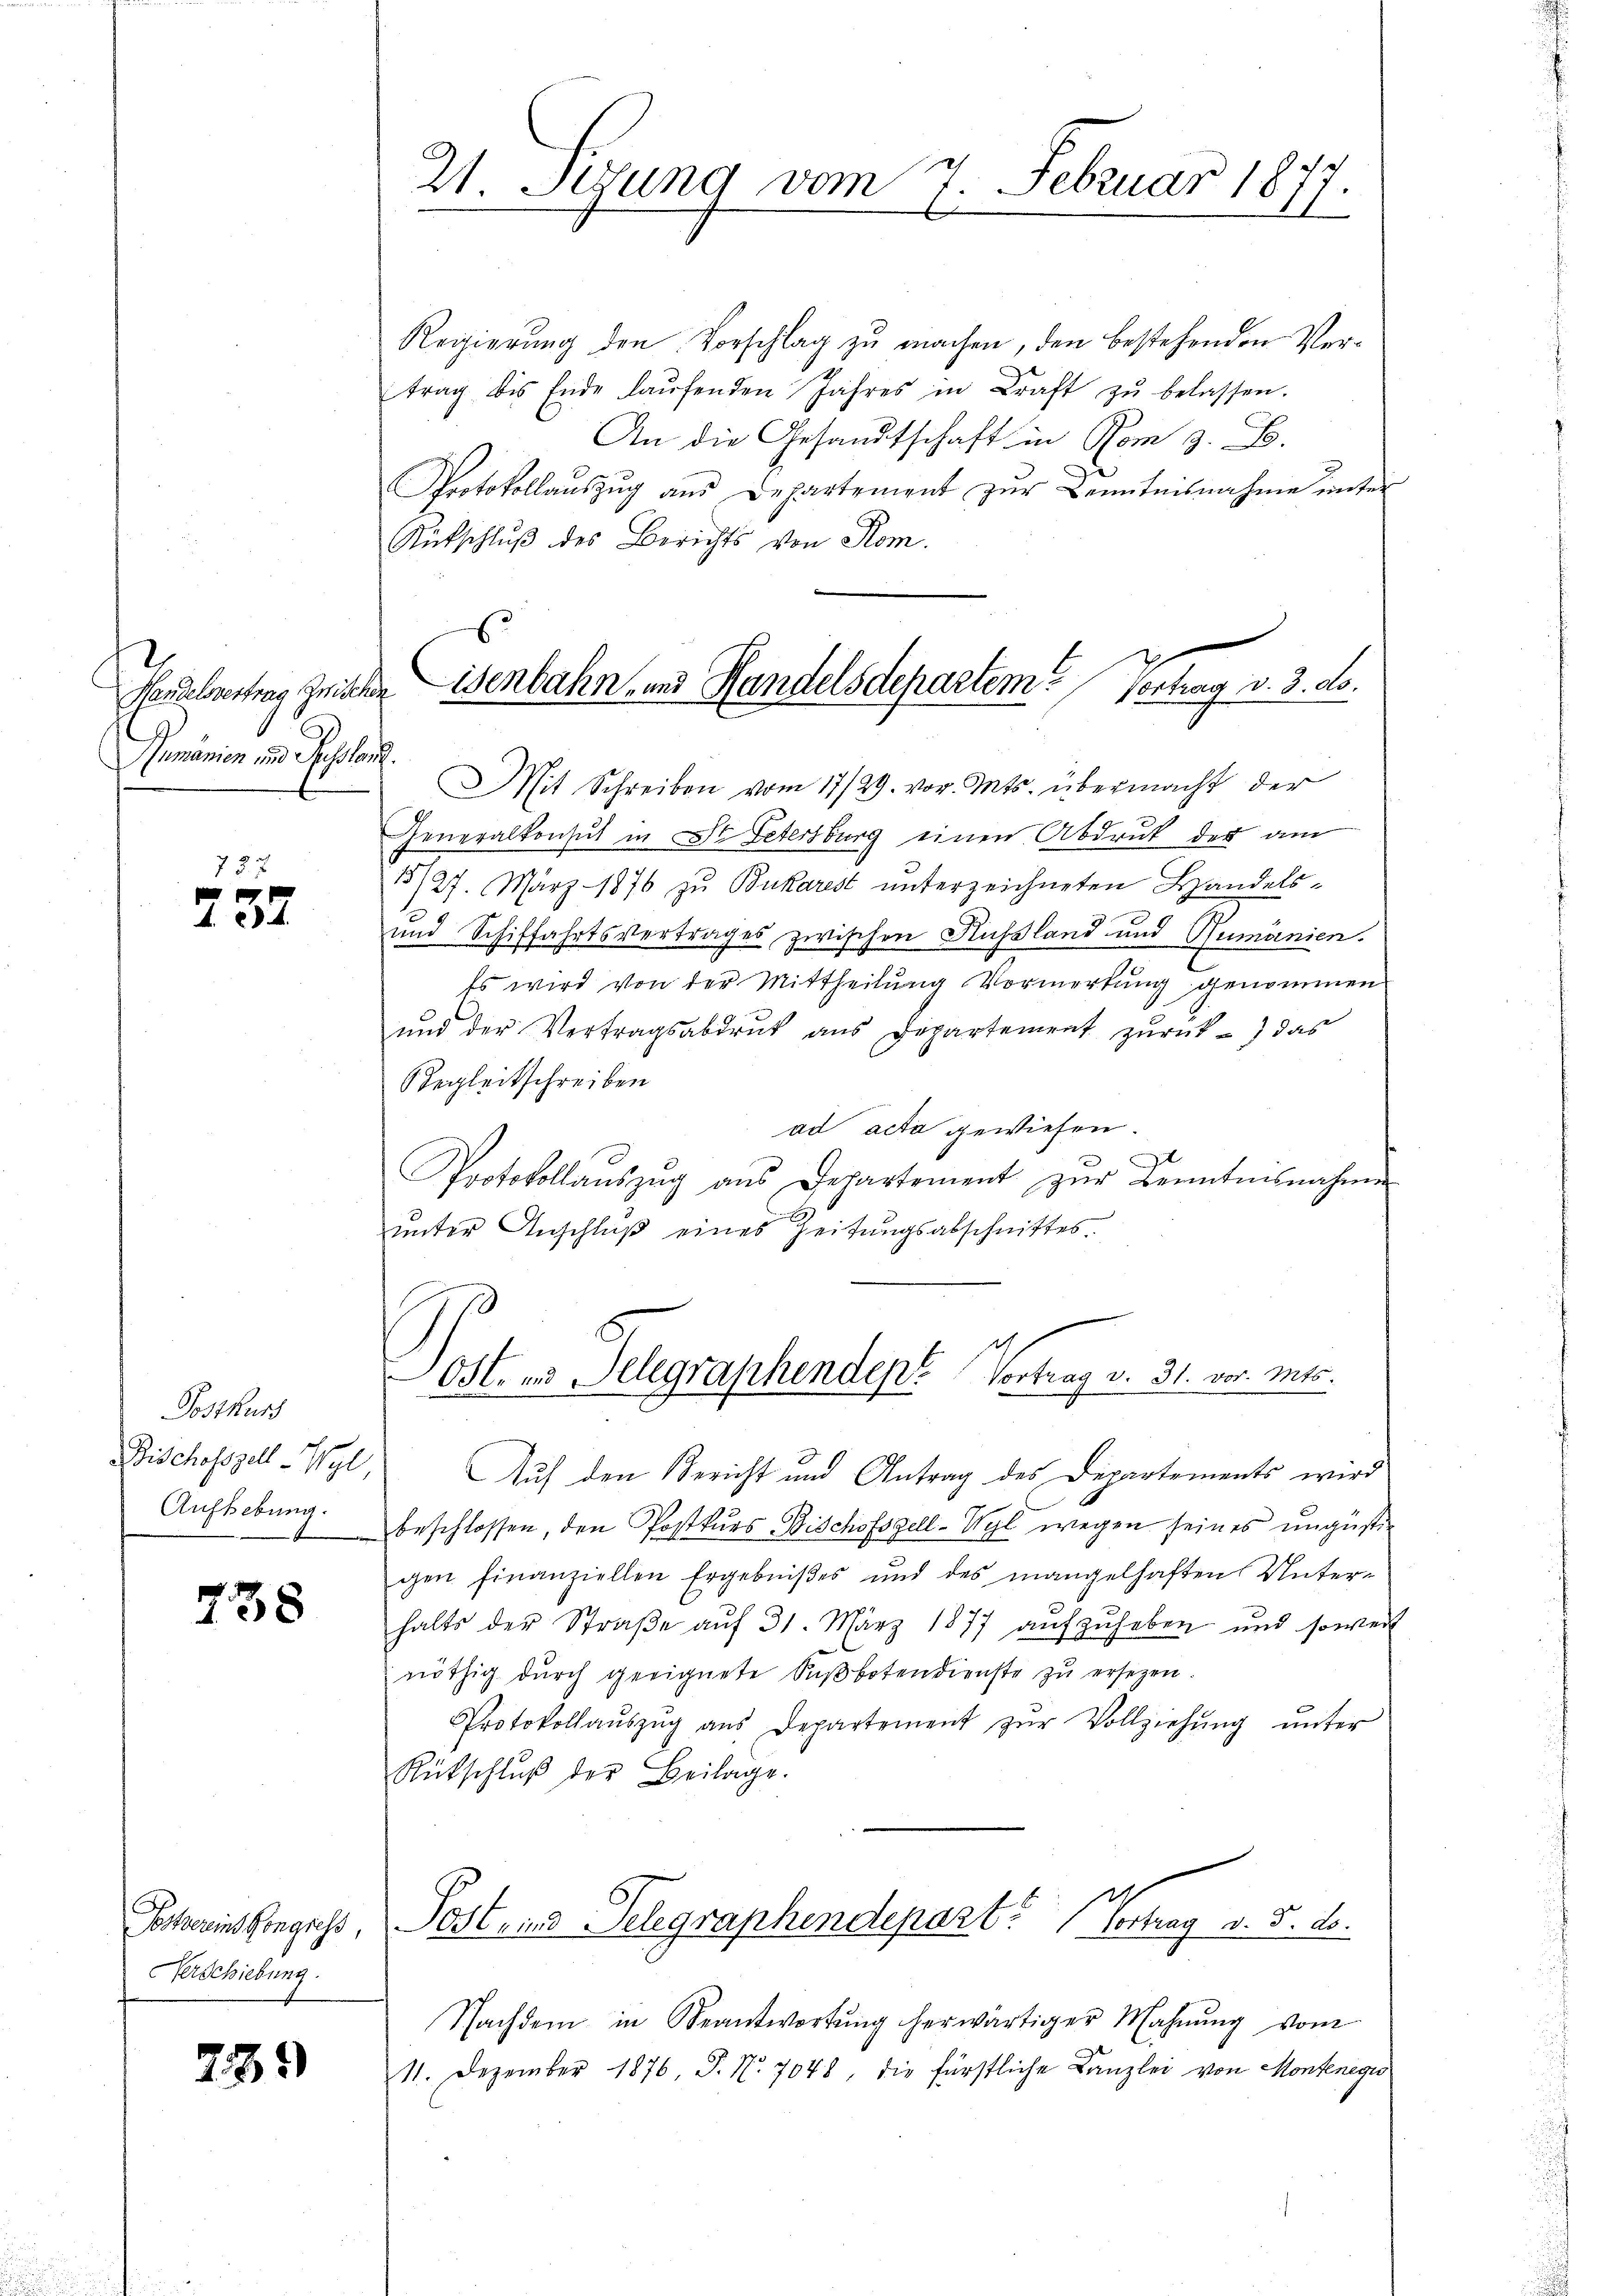
2
Humänien und Russla

73 x
737

Postkurs
Bischofszell-Wyl,
Aufhebung.

738

Postvereins Kongress,
Verschiebung.

739)

21. Sizung vom 7. Februar 1877

Geralvertrag zwischeisenbahn- und Handelsdepartem Vorhag v. 3. ds.

Regierŭng den Vorschlag zŭ machen, den bestehenden Vertrag bis Ende laŭfenden Jahres in Kraft zŭ belassen.
An die Gesandtschaft in Rom z. B.
Protokollaŭszŭg aŭs Departement zŭr Kenntnisnahme ŭnter
Rütschluß des Berichts von Rom.
.
Mit Schreiben vom 17/29. vor. Mts. übermacht der
Generalkonsul in St. Petersburg einen Abdruk des am
15/27. März 1876 zu Bukarest unterzeichneten Handels¬
und Schiffahrtsvertrages zwischen Russland und Rumänien.
Es wird von der Mittheilung Vormerkung genommen
ŭnd der Vertragsabdrŭt aŭs Departement zŭrück - das
Regleitschreiben
ad acta gewiesen.
Protokollaŭszŭg aŭs Departement zŭr Kenntnisnahmen
unter Anschluß eines Zeitungsabschnittes.

d
Jost und Telegraphendept. Vortrag v. 31. vor. Mts.

Auf den Bericht und Antrag des Departements wird
beschlossen, den Postkurs Bischofszell-Wyl wegen seines ungustigen finanziellen Ergebnißes und des mangelhaften Unterhalts der Straβe aŭf 31. März 1877 aŭfzŭheben und soweit
nöthig durch geeignete Süβbotendienste zŭ ersezen.
Protokollaŭszŭg aŭs Departement zŭr Vollziehŭng ŭnter
Rütschlŭβ der Beilage.
Post- und Telegraphendepart? Vortrag v. 5. ds.
Nachdem in Beantwortŭng herwärtiger Mahnŭng vom
11. Dezember 1876, P. Nr. 7048, die fürstliche Kanzlei von Montenegio